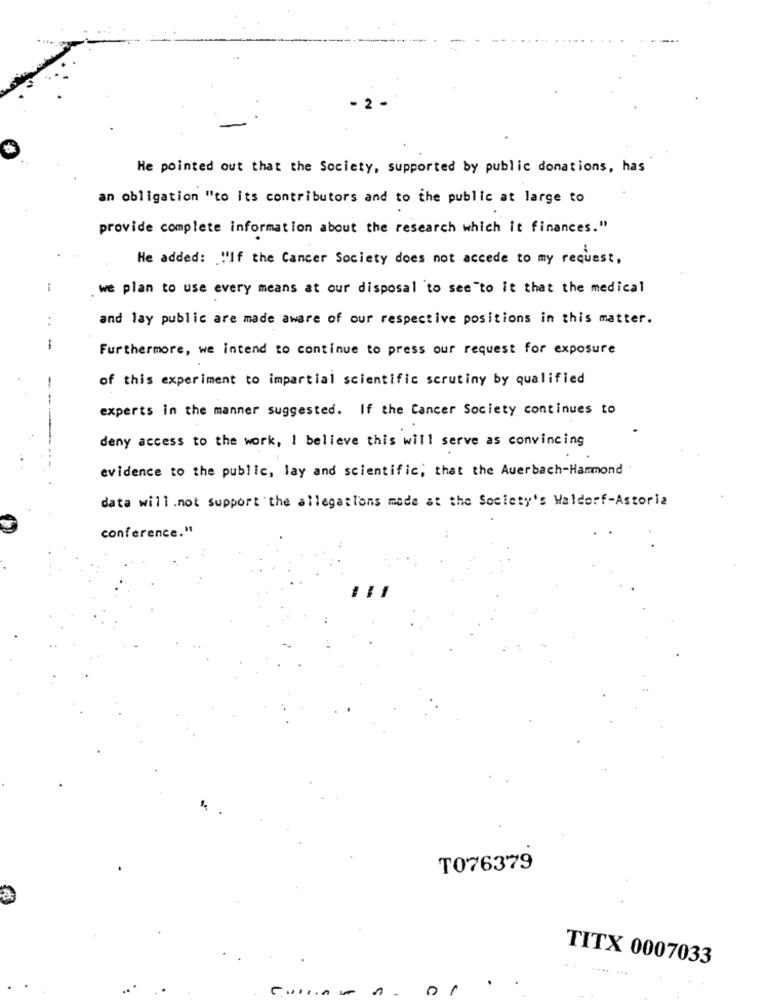
. 2
He pointed out that the Society, supported by public donations, has
an obligation "to its contributors and to the public at large to
provide complete information about the research which it finances."
He added: "If the Cancer Society does not accede to my request,
-
we plan to use every means at our disposal to see "to it that the medical
..
and lay public are made aware of our respective positions in this matter.
-
Furthermore, we intend to continue to press our request for exposure
of this experiment to impartial scientific scrutiny by qualified
-
--
experts in the manner suggested. If the Cancer Society continues to
deny access to the work, I believe this will serve as convincing
evidence to the public, lay and scientific; that the Auerbach-Hammond
data will.not Support the allegations mode at the Society's Waldorf-Astoria
conference."
T076379
TITX 0007033
01